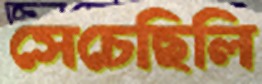
সেচেছিলি